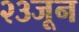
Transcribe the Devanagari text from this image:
२३जून